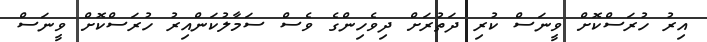
އިރު ހުރަސްކޮށް ވީނަސް ކުރި ދަތުރަށް ދިވެހިންގެ ވެސް ސަމާލުކަންއިރު ހުރަސްކޮށް ވީނަސް